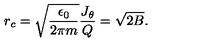
r _ { c } = \sqrt { { \frac { \epsilon _ { 0 } } { 2 \pi m } } } { \frac { J _ { \theta } } { Q } } = \sqrt { 2 B } .